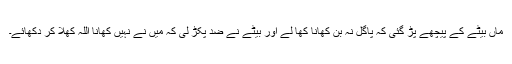
ماں بیٹے کے پیچھے پڑ گئی کہ پاگل نہ بن کھانا کھا لے اور بیٹے نے ضد پکڑ لی کہ میں نے نہیں کھانا اللہ کھلا کر دکھائے۔